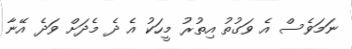
ނަމަވެސް އެ ވަގުތު އިތުރު މީހަކު އެ ދެ މެދަށް ވަދެ އޭނާ